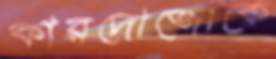
কারদোজোকে